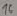
Text: 16